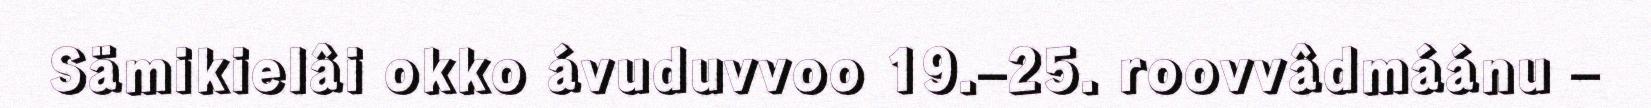
Sämikielâi okko ávuduvvoo 19.–25. roovvâdmáánu –